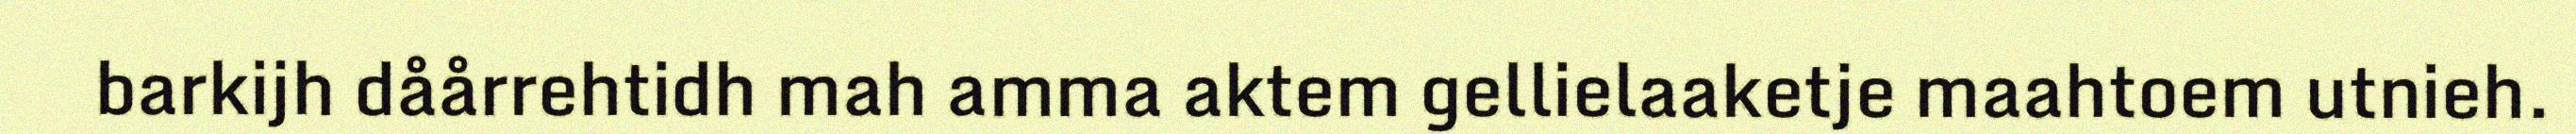
barkijh dåårrehtidh mah amma aktem gellielaaketje maahtoem utnieh.